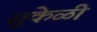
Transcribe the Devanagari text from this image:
सुकेळी